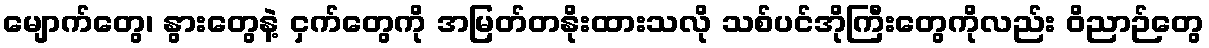
မျောက်တွေ၊ နွားတွေနဲ့ ငှက်တွေကို အမြတ်တနိုးထားသလို သစ်ပင်အိုကြီးတွေကိုလည်း ဝိညာဉ်တွေ